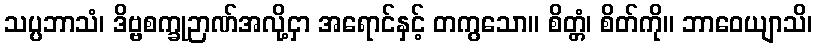
သပ္ပဘာသံ၊ ဒိဗ္ဗစက္ခုဉာဏ်အလို့ငှာ အရောင်နှင့် တကွသော။ စိတ္တံ၊ စိတ်ကို။ ဘာဝေယျာသိ၊